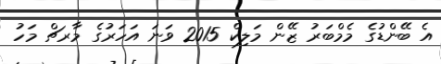
އެ ބޭންޑުގެ މެމްބަރު ޒޭން މަލިކް 2015 ވަނަ އަހަރުގެ މާރޗް މަހު